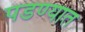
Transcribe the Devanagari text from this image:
पडण्यात